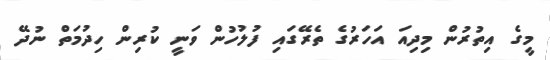
މީގެ އިތުރުން މިދިއަ އަހަރުގެ ތެރޭގައި ފުލުހުން ވަނީ ކުރިން ހިދުމަތް ނުދޭ